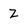
Character: Z